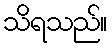
သိရသည်။